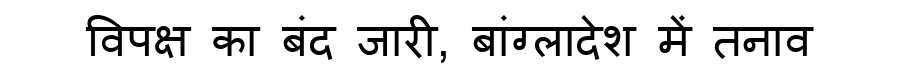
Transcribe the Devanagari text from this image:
विपक्ष का बंद जारी, बांग्लादेश में तनाव